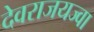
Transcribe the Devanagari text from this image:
देवराजयज्वा